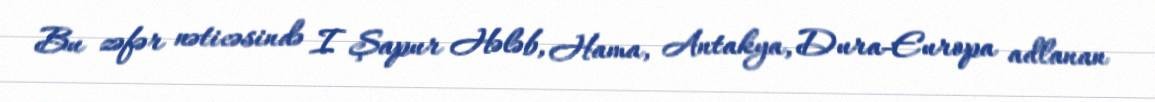
Bu zəfər nəticəsində I Şapur Hələb, Hama, Antakya, Dura-Europa adlanan